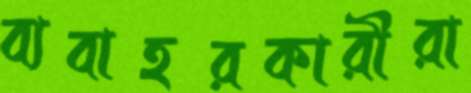
ব্যবাহরকারীরা